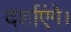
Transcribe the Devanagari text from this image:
दर्शाएंगे।